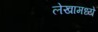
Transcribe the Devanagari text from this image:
लेखामध्येे